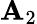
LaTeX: \mathbf{A}_{2}